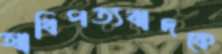
আধিপত্যবাদকে